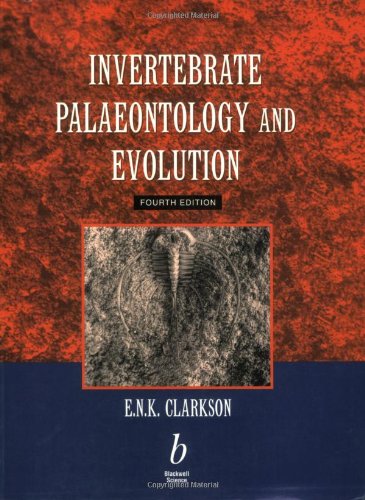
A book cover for Invertebrate Palaeontology & Evolution; Euan Clarkson; Science & Math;